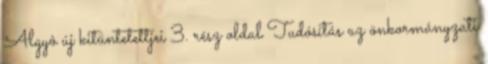
Algyô új kitüntetettjei 3. rész oldal Tudósítás az önkormányzati